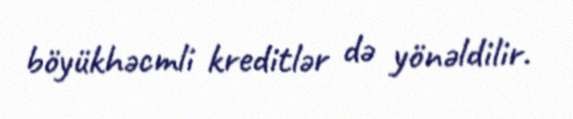
böyükhəcmli kreditlər də yönəldilir.